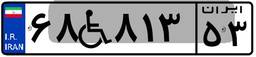
۶۸W۸۱۳۵۳